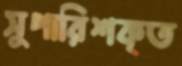
সুপারিশকৃত